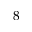
8